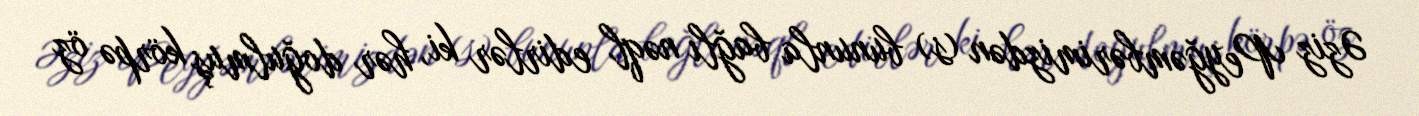
Əziz Peyğəmbərimizdən (s) bununla bağlı nəql edirlər ki, hər doğulmuş körpə öz